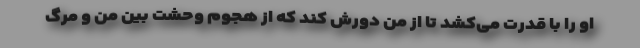
او را با قدرت می‌کشد تا از من دورش کند که از هجوم وحشت بین من و مرگ